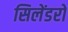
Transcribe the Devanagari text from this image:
सिलेंडरो